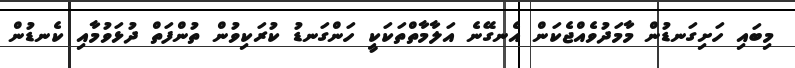
މިބައި ހަށިގަނޑުން މާމަދުވެއްޖެކަން އެނގޭނެ އަލާމާތްތަކަކީ ހަންގަނޑު ކުރަކިވުން ތުންފަތް ދުޅަވުމާއި ކެނޑުން